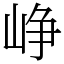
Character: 峥